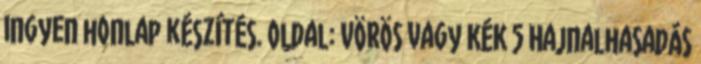
ingyen honlap készítés. Oldal: VÖRÖS vagy KÉK 5 Hajnalhasadás